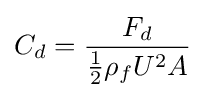
C_{d}={\frac {F_{d}}{{\frac {1}{2}}\rho _{f}U^{2}A}}